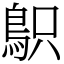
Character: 䳅